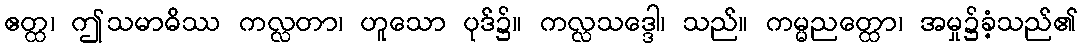
ဧတ္ထ၊ ဤသမာဓိဿ ကလ္လတာ၊ ဟူသော ပုဒ်၌။ ကလ္လသဒ္ဒေါ၊ သည်။ ကမ္မညတ္ထော၊ အမှု၌ခံ့သည်၏